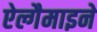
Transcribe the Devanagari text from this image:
ऐल्गैमाइने